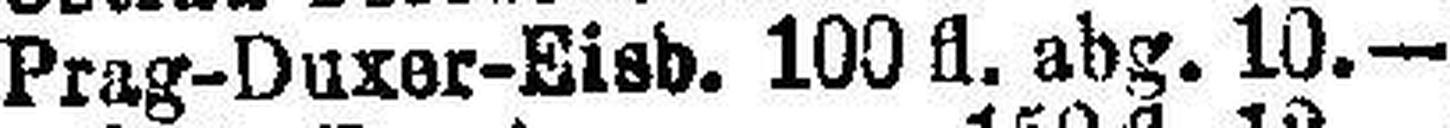
Prag-Duzer-Eisb. 100 fl. abg. 10.—